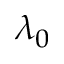
\lambda _ { 0 }